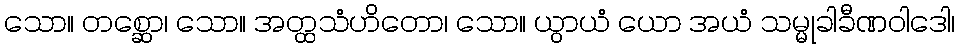
သော။ တစ္ဆော၊ သော။ အတ္ထသံဟိတော၊ သော။ ယွာယံ ယော အယံ သမ္မုခါခီဏဝါဒေါ၊